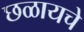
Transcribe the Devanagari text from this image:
छळायचे